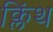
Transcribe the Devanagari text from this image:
क्लिंथ